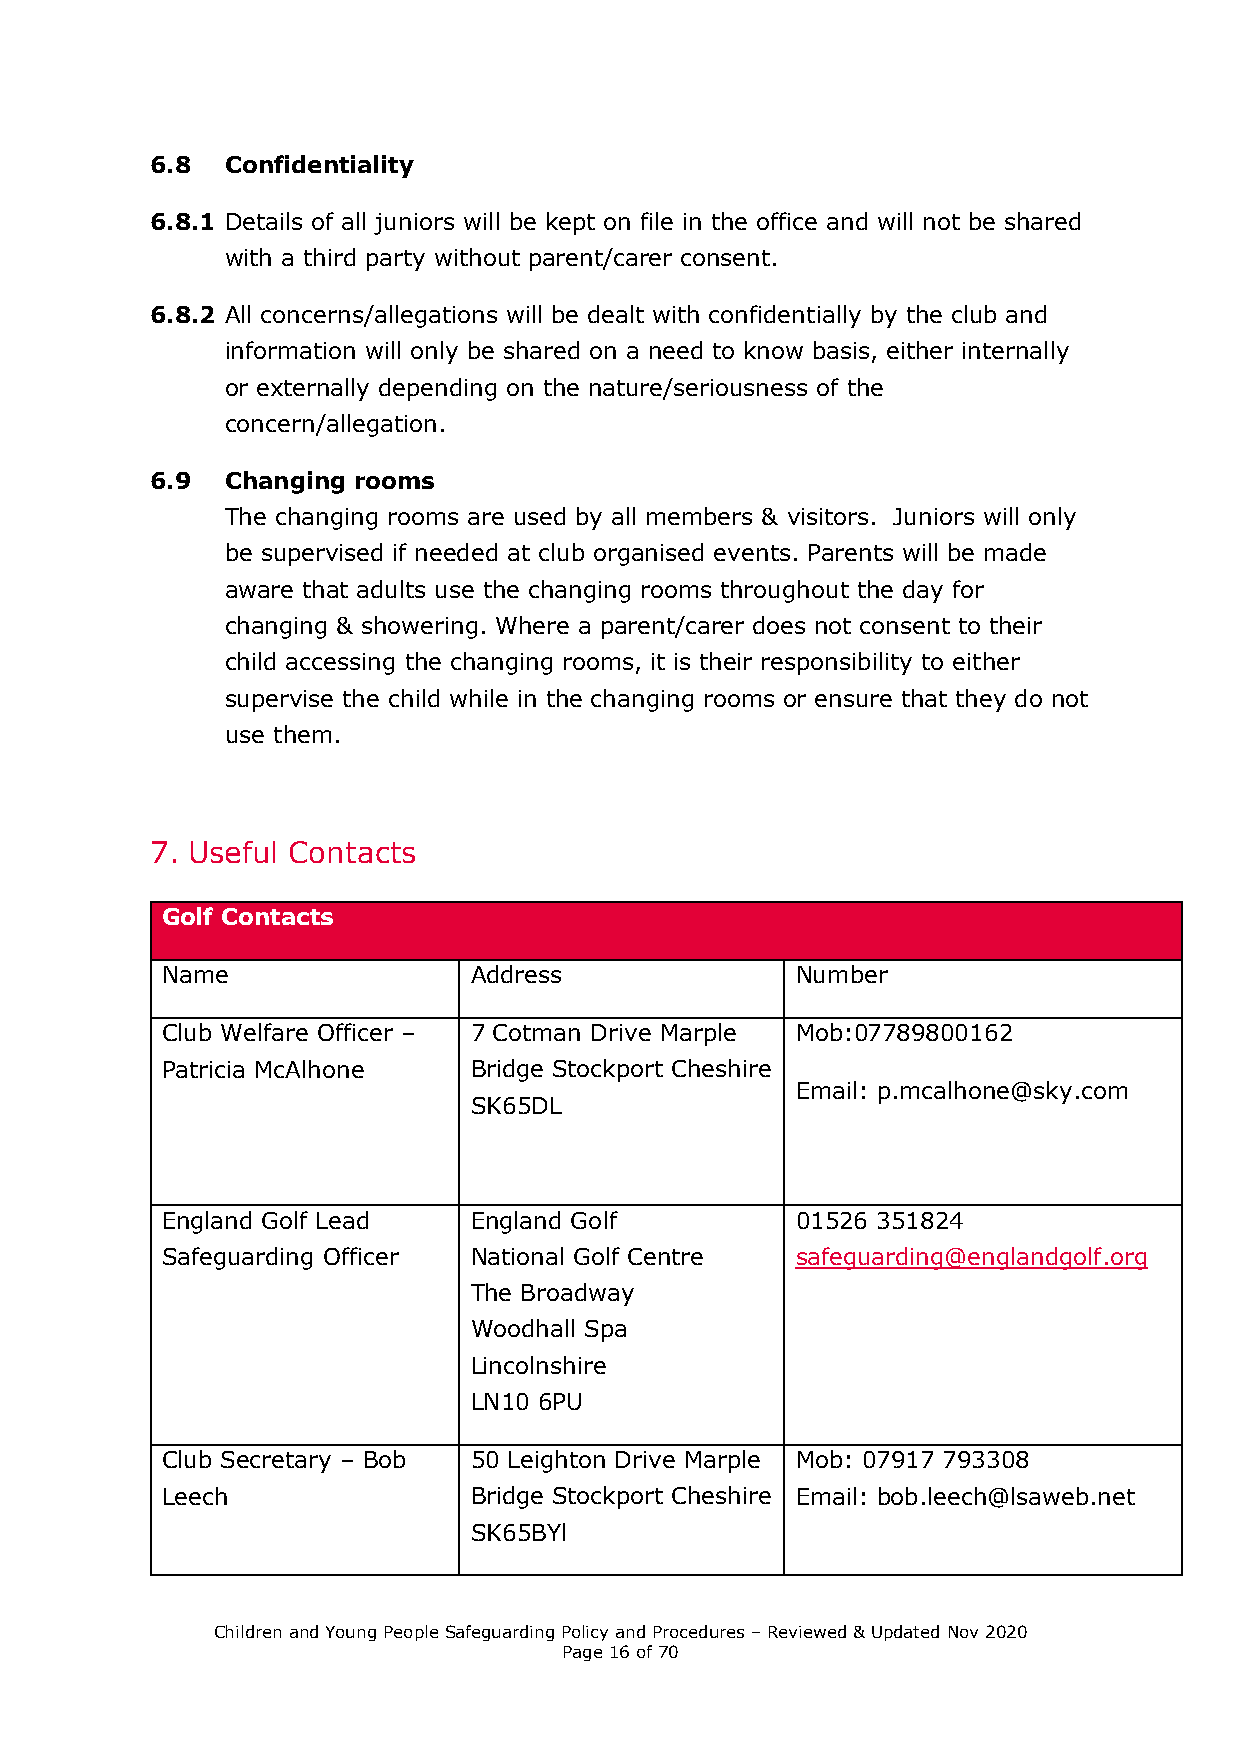
6.8  Confidentiality
 6.8.1 Details of all juniors will be kept on file in the office and will not be shared
 with a third party without parent/carer consent.
 6.8.2 All concerns/allegations will be dealt with confidentially by the club and
 information will only be shared on a need to know basis, either internally
 or externally depending on the nature/seriousness of the
 concern/allegation.
 6.9  Changing rooms
 The changing rooms are used by all members & visitors. Juniors will only
 be supervised if needed at club organised events. Parents will be made
 aware that adults use the changing rooms throughout the day for
 changing & showering. Where a parent/carer does not consent to their
 child accessing the changing rooms, it is their responsibility to either
 supervise the child while in the changing rooms or ensure that they do not
 use them.
 7. Useful Contacts
 Golf Contacts
 Name                Address               Number
 Club Welfare Officer – 7 Cotman Drive Marple Mob:07789800162
 Patricia McAlhone   Bridge Stockport Cheshire
 Email: p.mcalhone@sky.com
 SK65DL
 England Golf Lead   England Golf          01526 351824
 Safeguarding Officer National Golf Centre safeguarding@englandgolf.org
 The Broadway
 Woodhall Spa
 Lincolnshire
 LN10 6PU
 Club Secretary – Bob 50 Leighton Drive Marple Mob: 07917 793308
 Leech               Bridge Stockport Cheshire Email: bob.leech@lsaweb.net
 SK65BYl
 Children and Young People Safeguarding Policy and Procedures – Reviewed & Updated Nov 2020
 Page 16 of 70